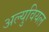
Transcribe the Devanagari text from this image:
अल्युवियल